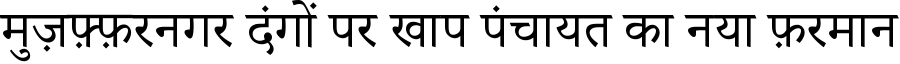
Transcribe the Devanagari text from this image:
मुज़फ़्फ़रनगर दंगों पर खाप पंचायत का नया फ़रमान